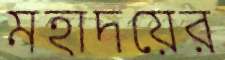
মহাদয়ের